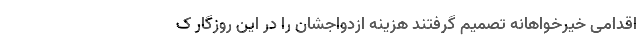
اقدامی خیرخواهانه تصمیم گرفتند هزینه ازدواجشان را در این روزگار ک